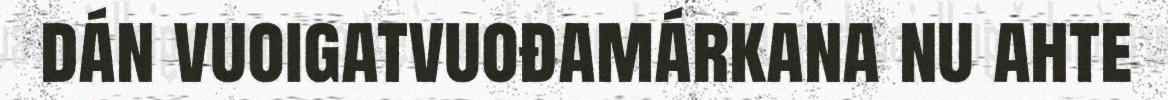
dán vuoigatvuođamárkana nu ahte